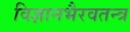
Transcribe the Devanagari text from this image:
विज्ञानभैरवतन्त्र